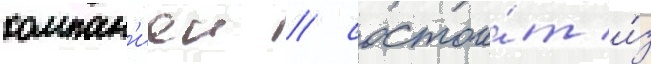
компан'иеи / состои́т и́з